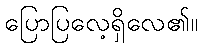
ပြောပြလေ့ရှိလေ၏။